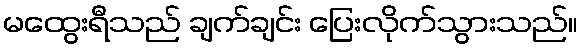
မထွေးရီသည် ချက်ချင်း ပြေးလိုက်သွားသည်။